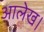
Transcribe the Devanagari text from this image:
आलेख।